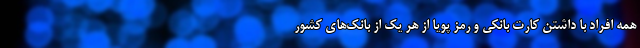
همه افراد با داشتن کارت بانکی و رمز پویا از هر یک از بانک‌های کشور